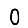
Digit: 0